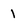
Character: 1